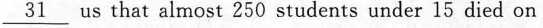
\underline{31} us that almost 250 students under 15 died on